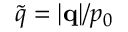
\tilde { q } = | \mathbf { q } | / p _ { 0 }